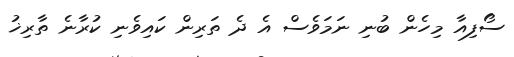
ސޯފިއާ މިހެން ބުނި ނަމަވެސް އެ ދެ ތަރިން ކައިވެނި ކުރާނެ ތާރިޚު